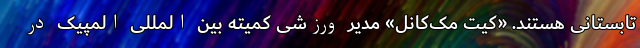
تابستانی هستند. «کیت مک‌کانل» مدیر ورزشی کمیته بین المللی المپیک در